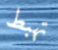
تهبط